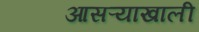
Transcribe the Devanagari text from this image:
आसऱ्याखाली